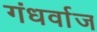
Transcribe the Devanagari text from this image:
गंधर्वाज